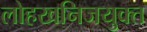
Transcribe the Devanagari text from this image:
लोहखनिजयुक्त